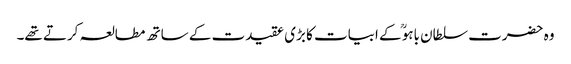
وہ حضرت سلطان باہوؒ کے ابیات کا بڑی عقیدت کے ساتھ مطالعہ کرتے تھے۔